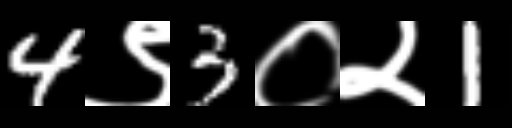
Text: 4९3०२1